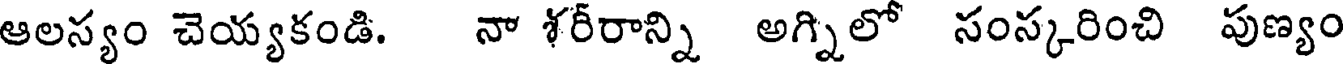
ఆలస్యం చెయ్యకండి. నా శరీరాన్ని అగ్నిలో సంస్కరించి పుణ్యం